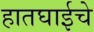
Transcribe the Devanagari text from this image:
हातघाईचे